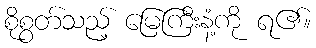
စိုစွတ်သည့် မြေကြီးနံ့ကို ရ၏။